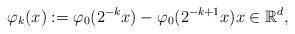
LaTeX: \begin{align*}\varphi_k(x) := \varphi_0(2^{-k}x)-\varphi_0(2^{-k+1}x) x\in\mathbb{R}^d,\end{align*}